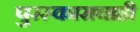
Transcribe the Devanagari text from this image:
पुरस्काराचाही